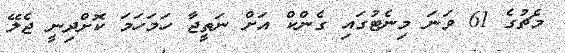
މެޗުގެ 61 ވަނަ މިނެޓުގައި ގެންކް އަށް ނަތީޖާ ހަމަހަމަ ކޮށްދިނީ ޖެލޭ